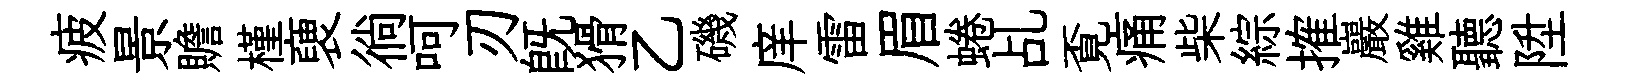
疲景贍槿褏徜呵刃旣猾乙磯庠雷眉蜷乩覔痛柴綜搉巖雞聽陞